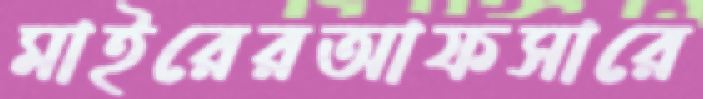
মাইরেরআফসারে